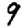
Digit: 9